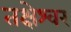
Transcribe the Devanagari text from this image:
तक्षेश्वर